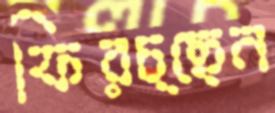
ফিরচ্ছেন